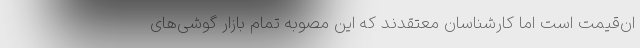
ان‌قیمت است اما کارشناسان معتقدند که این مصوبه تمام بازار گوشی‌های